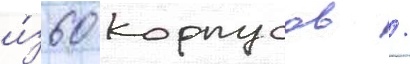
и́з 60 корпусов /